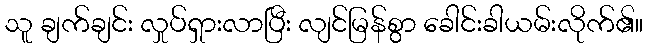
သူ ချက်ချင်း လှုပ်ရှားလာပြီး လျင်မြန်စွာ ခေါင်းခါယမ်းလိုက်၏။